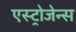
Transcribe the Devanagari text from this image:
एस्ट्रोजेन्स